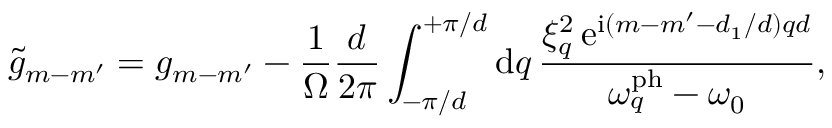
\tilde { g } _ { m - m ^ { \prime } } = g _ { m - m ^ { \prime } } - \frac { 1 } { \Omega } \frac { d } { 2 \pi } \int _ { - \pi / d } ^ { + \pi / d } \mathrm { d } q \, \frac { \xi _ { q } ^ { 2 } \, \mathrm { e } ^ { \mathrm { i } ( m - m ^ { \prime } - d _ { 1 } / d ) q d } } { \omega _ { q } ^ { \mathrm { p h } } - \omega _ { 0 } } ,